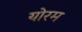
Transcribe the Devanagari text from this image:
योरम